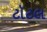
ટૉટલ